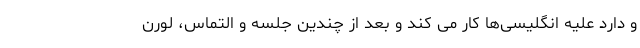
و دارد علیه انگلیسی‌ها کار می کند و بعد از چندین جلسه و التماس، لورن